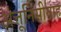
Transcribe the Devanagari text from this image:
अत्तूनिसीयाह